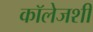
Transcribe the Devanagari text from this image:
कॉलेजशी